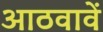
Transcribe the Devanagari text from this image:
आठवावें